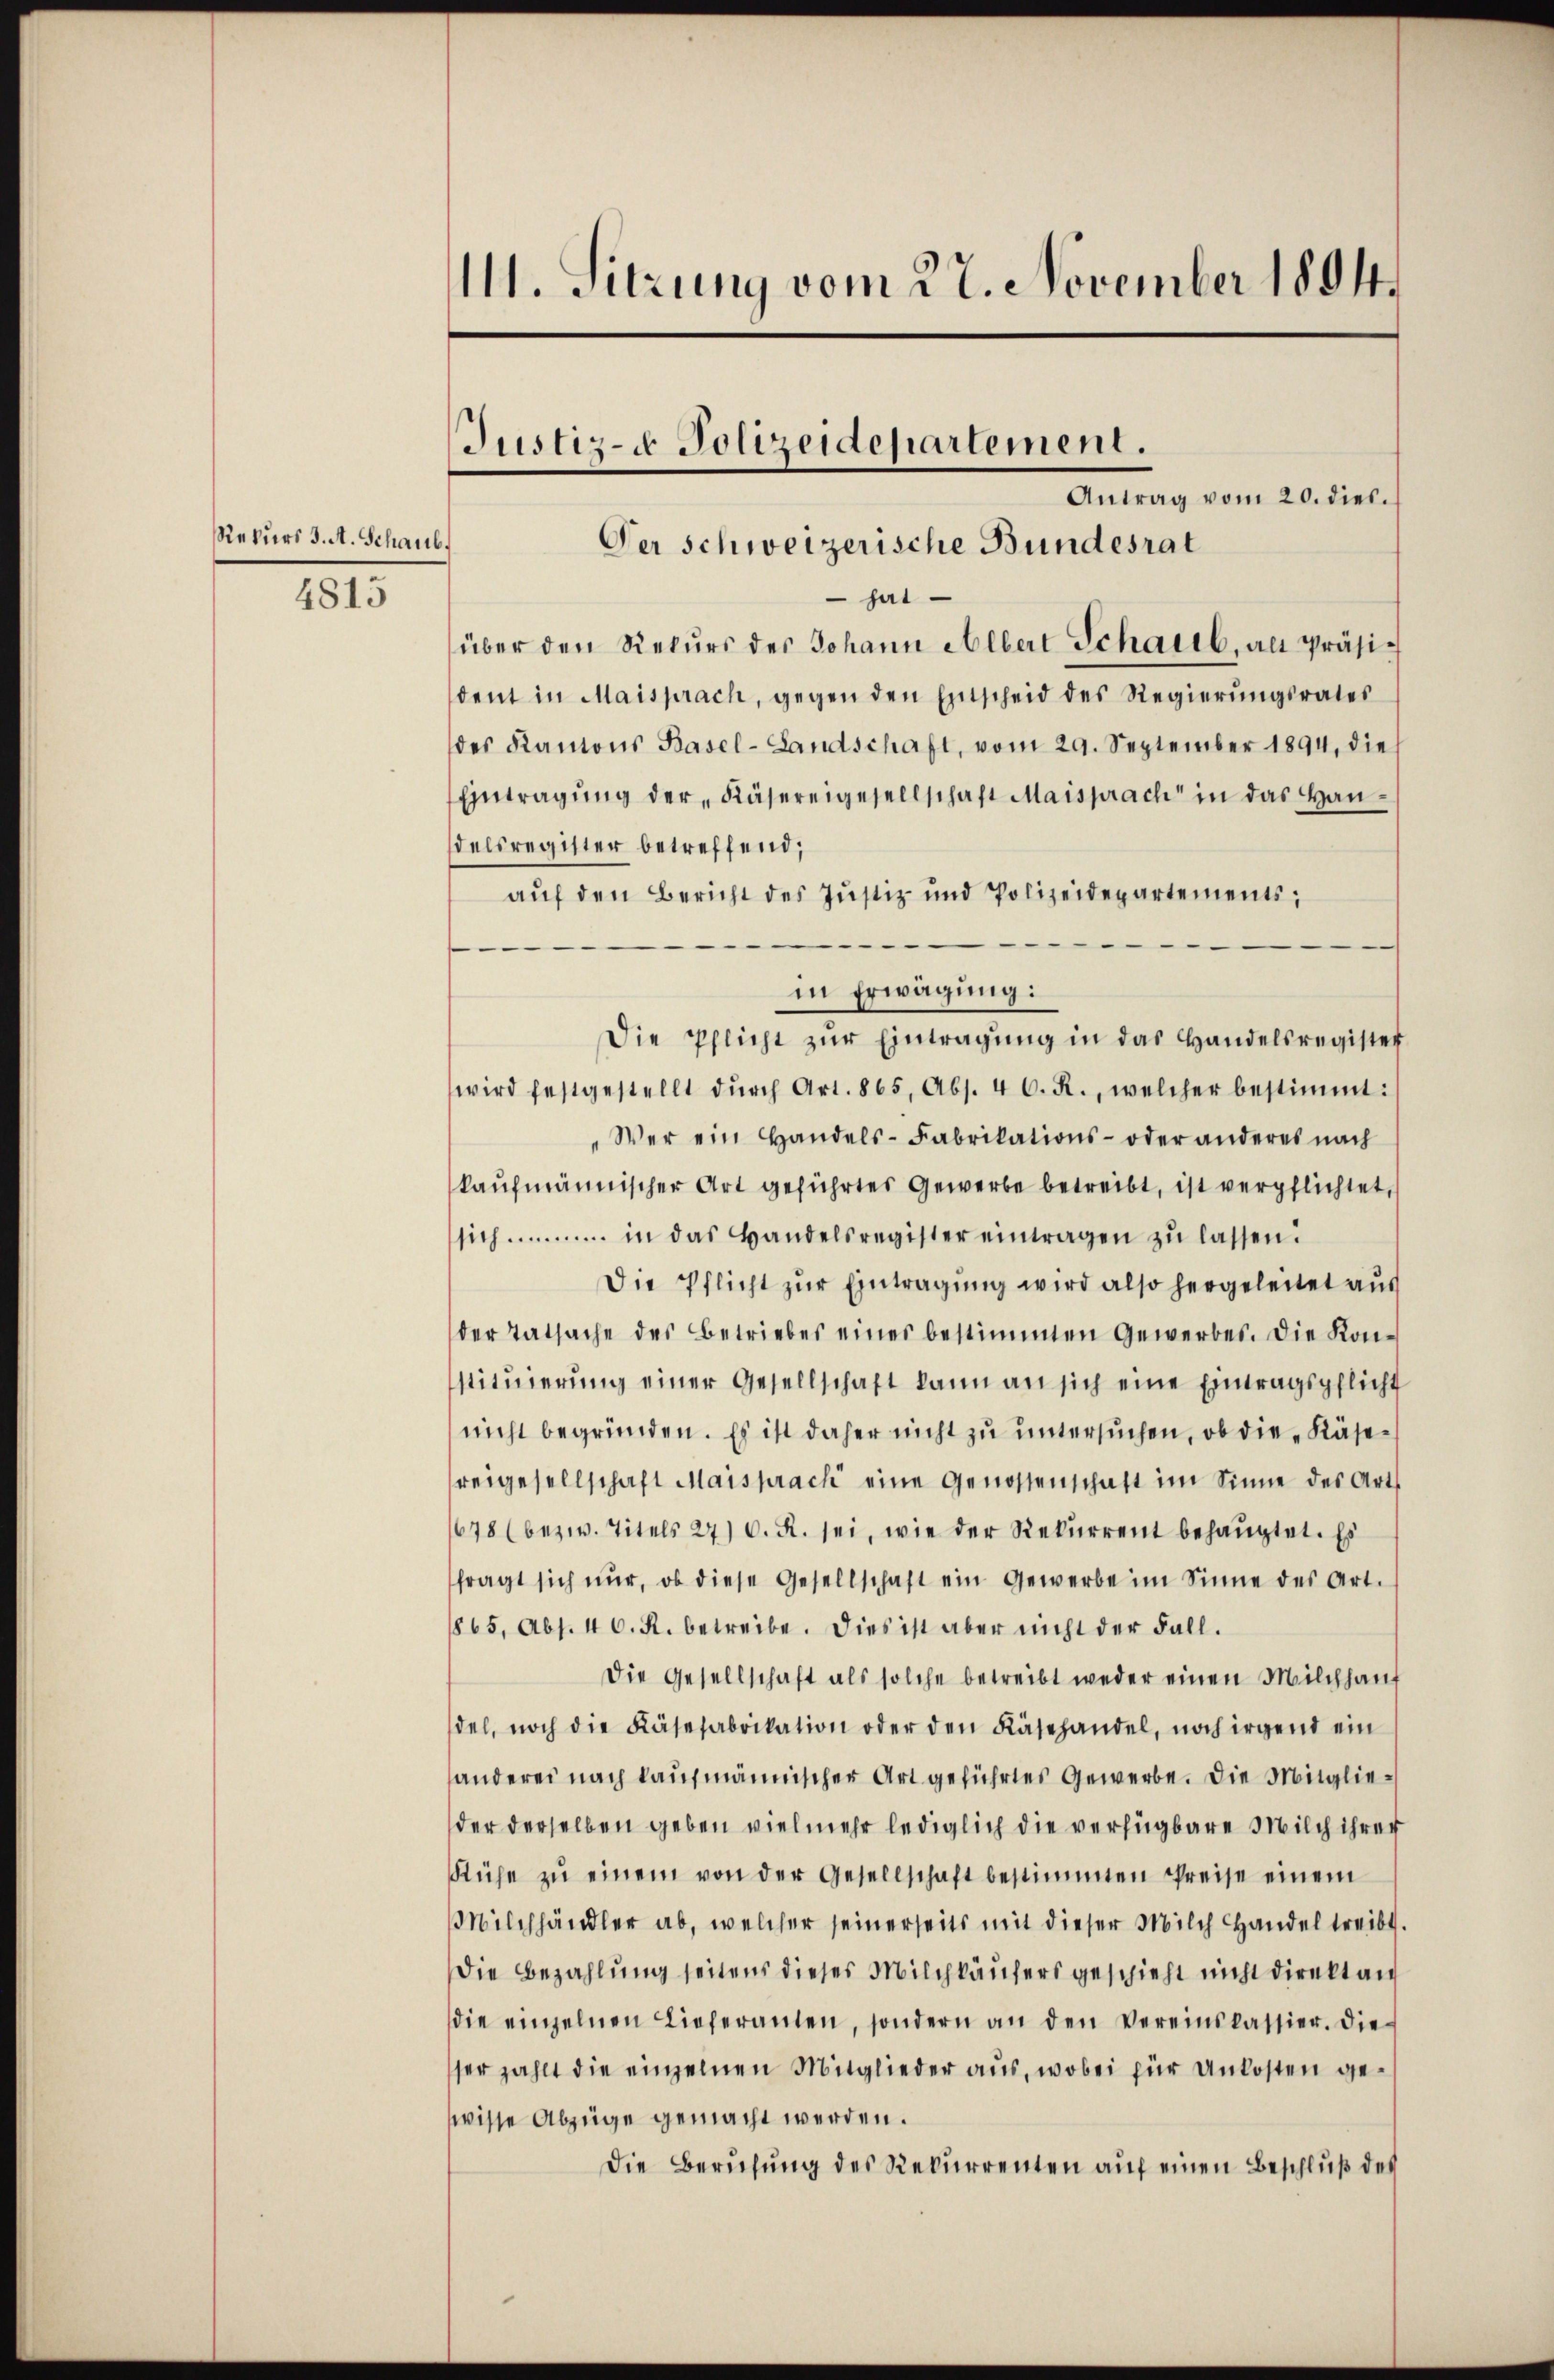
Rekurs J. A. Schaub.

4815

1. Sitzung vom 27. November 1894.

Justiz- Polizeidepartement.

Antrag vom 20. dies.
Der Schweizerische Bundesrat
 hat
über den Rekŭrs des Johann Albert Schaub, als Präsident in Maisprach, gegen den Entscheid des Regierungsrates
des Kantons Basel-Landschaft, vom 29. September 1894, die
Eintragung der Käsereigesellschaft Maisprach in das Handelsregister betreffend,
auf den Bericht des Justiz- und Polizeidepartements,

in Erwägung:
Die Pflicht zŭr Eintragung in das Handelsregister
wird festgestellt dŭrch Art. 865, Abs. 46. R., welcher bestimmt:
"Wer ein Handels-Fabrikations- oder anderes nach
kaufmännischer Art geführtes Gewerbe betreibt, ist verpflichtet,
sich in das Bandelsregister eintragen zŭ lassen.
Die Pflicht zur Eintragung wird also hergeleitet aus
der Tatsache des Betriebes eines bestimmten Gewerbes. Die Konstitŭierŭng einer Gesellschaft kann an sich eine Eintragspflicht
nicht begründen. Es ist daher nicht zu untersuchen, ob die Käsereigesellschaft Maisprach eine Genossenschaft im Sinne des Art
678 (bezw. Titels 27) C. R. sei, wie der Rekŭrrent behaŭptet. Es
fragt sich nur, ob diese Gesellschaft ein Gewerbe im Sinne des Art.
1865, Abs. 46. R. betreibe. Dies ist aber nicht der Fall.
Die Gesellschaft als solche betreibt weder einen Milchhaus
del, noch die Käsefabrikation oder den Käsehandel, noch irgend ein
anderei nach kaufmännischer Art geführtes Gewerbe. Die Mitglieder derselben geben vielmehr lediglich die verfügbare Milch ihrer
Rühe zŭ einem von der Gesellschaft bestimmten Preise einem
Milchhändler ab, welcher seinerseits mit dieser Milch Handel treibt.
Die Bezahlung seitens dieses Milchkäufers geschieht nicht direkt an
die einzelnen Lieferanten, sondern an den Vereinskassier. Die
ser zahlt die einzelnen Mitglieder aus, wobei für Unkosten gewisse Abzüge gemacht werden.
Die Berufung des Rekurrenten auf einen Beschluß des